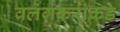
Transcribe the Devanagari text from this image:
वलंगकरांकडे